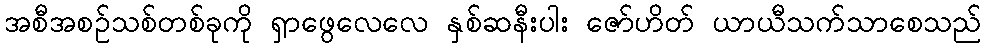
အစီအစဉ်သစ်တစ်ခုကို ရှာဖွေလေလေ နှစ်ဆနီးပါး ဇော်ဟိတ် ယာယီသက်သာစေသည်